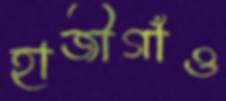
হাজীগাঁও